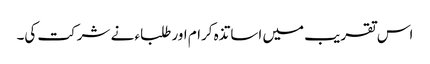
اس تقریب میں اساتذہ کرام اور طلباء نے شرکت کی۔